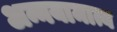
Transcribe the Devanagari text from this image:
अन्नयामात्य